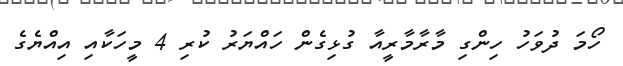
ހޯމަ ދުވަހު ހިންގި މާރާމާރީއާ ގުޅިގެން ހައްޔަރު ކުރި 4 މީހަކާއި އިއްޔެގެ